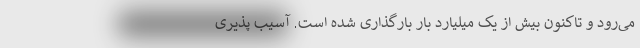
می‌رود و تاکنون بیش از یک میلیارد بار بارگذاری شده است. آسیب پذیری